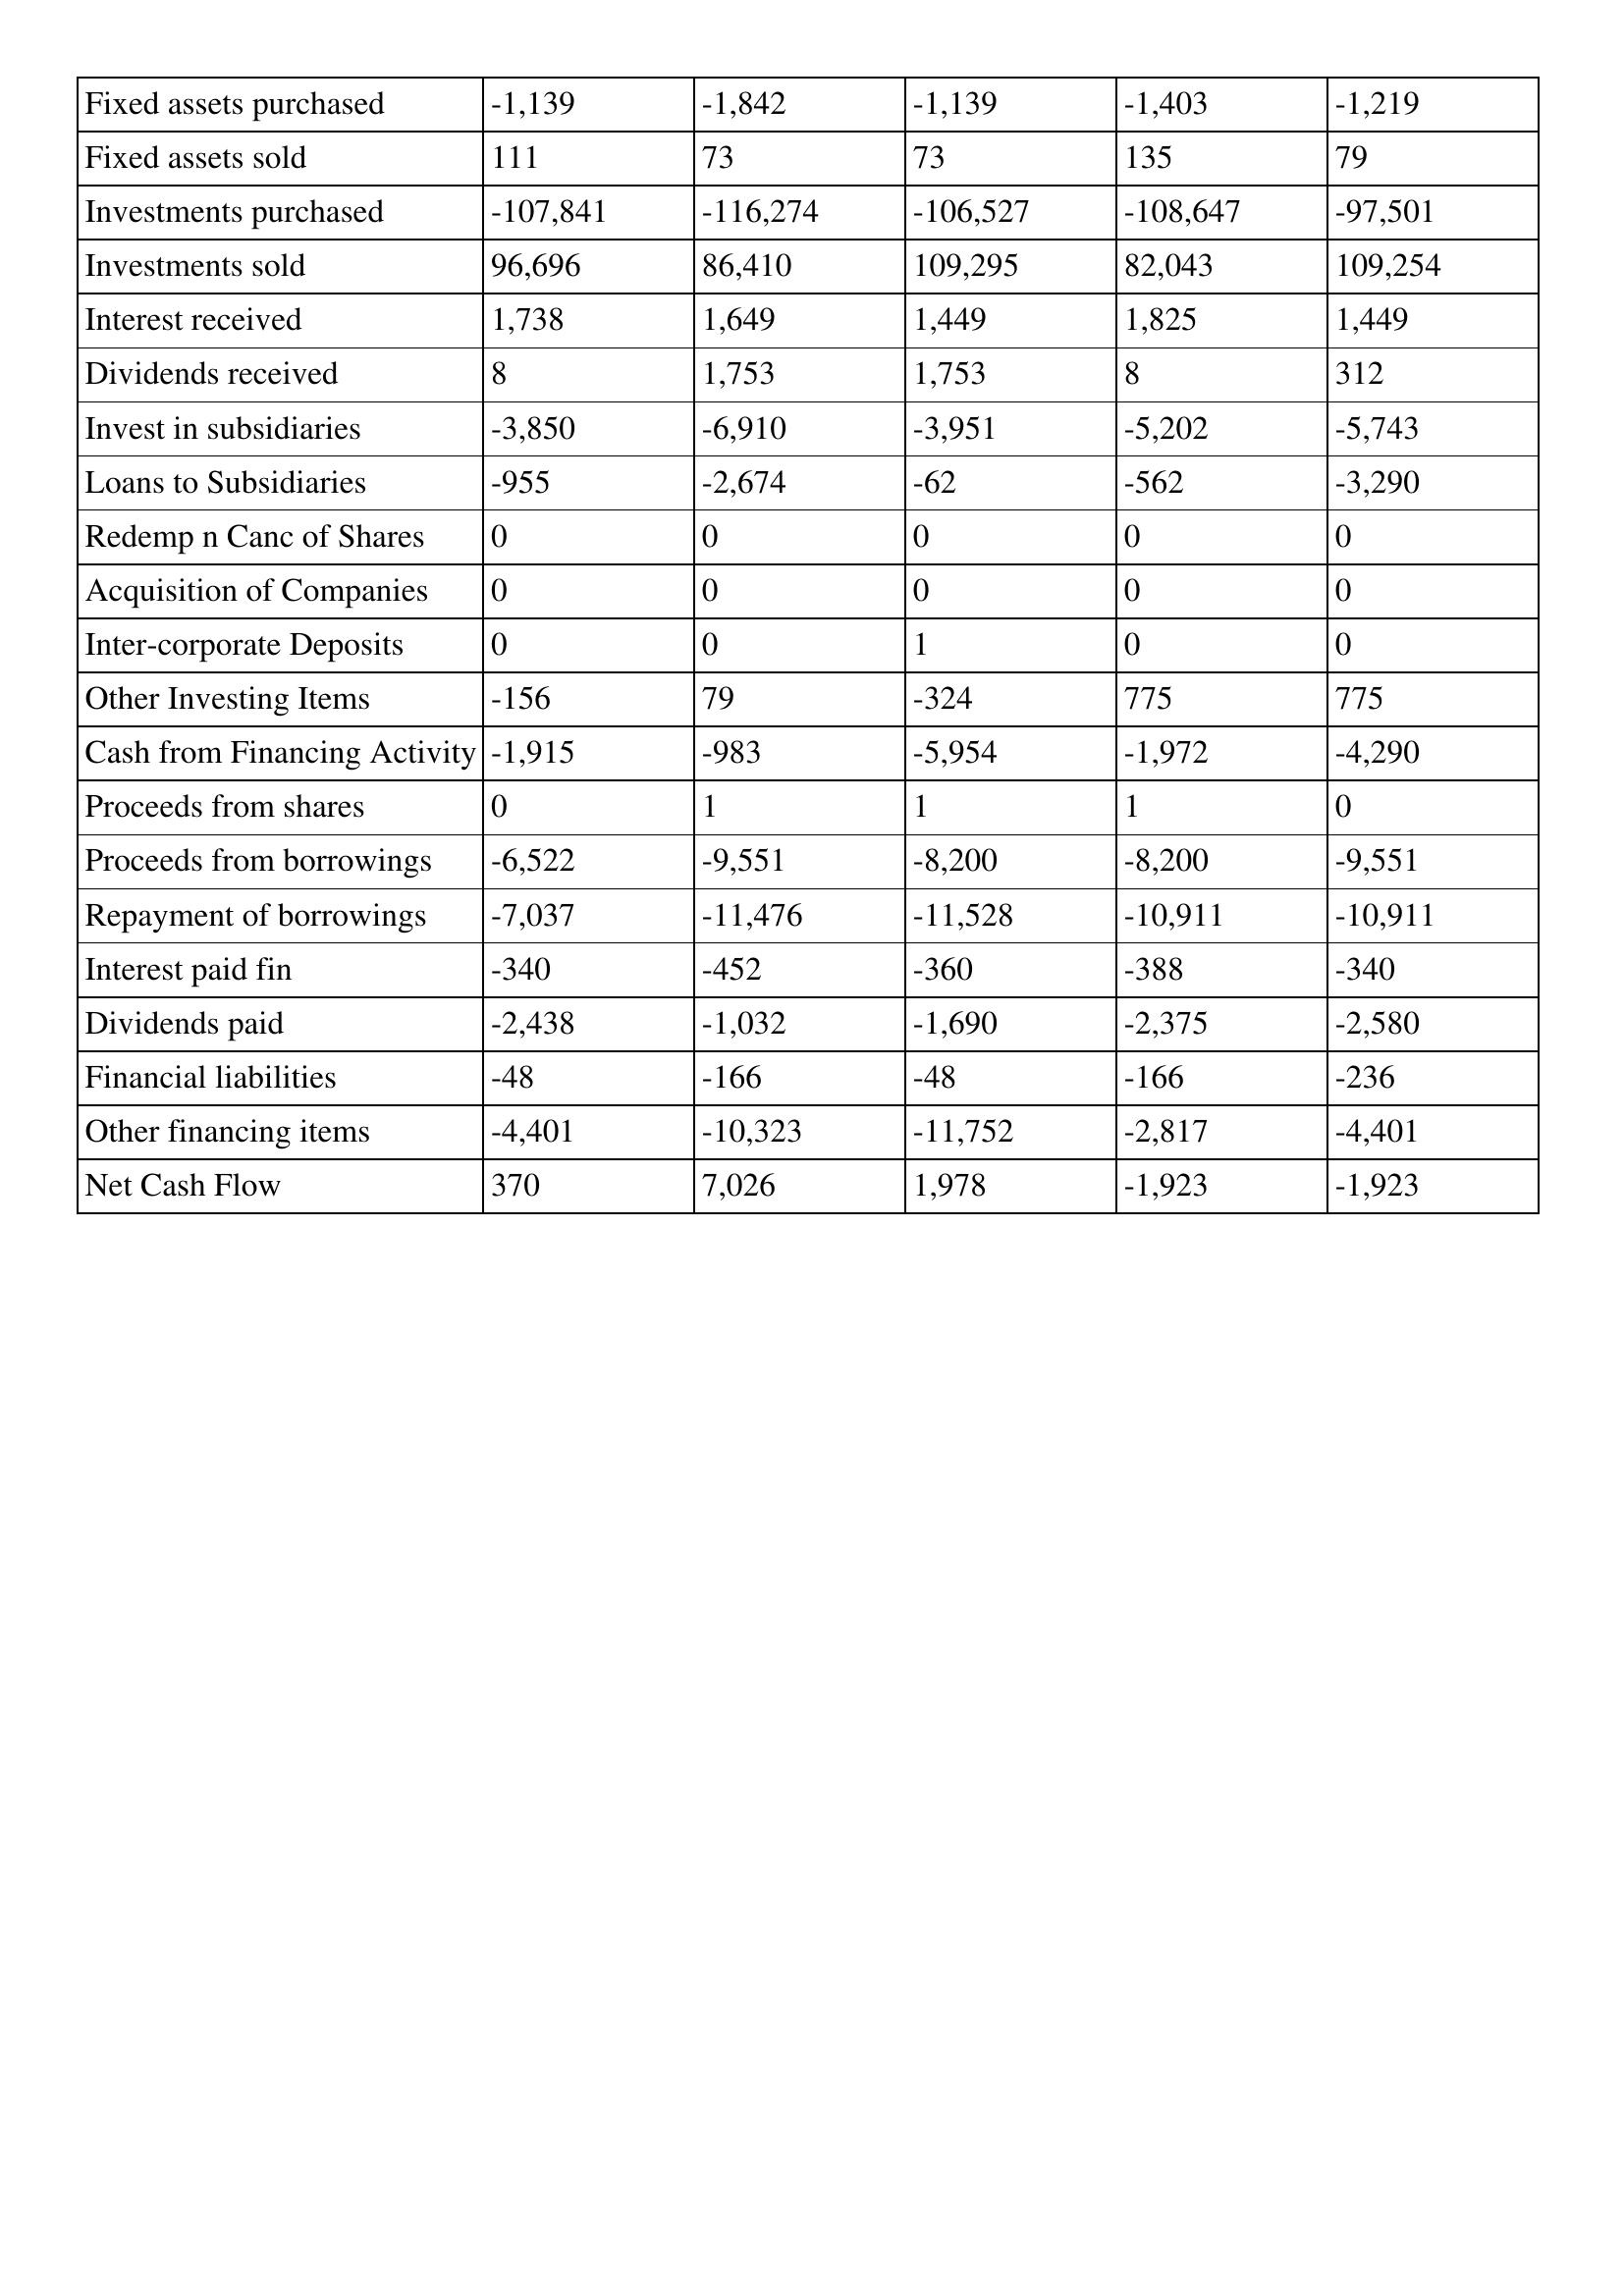
gt_parse: 2016: Cash Flows: Fixed assets purchased: -1,139
Fixed assets sold: 111
Investments purchased: -107,841
Investments sold: 96,696
Interest received: 1,738
Dividends received: 8
Invest in subsidiaries: -3,850
Loans to Subsidiaries: -955
Redemp n Canc of Shares: 0
Acquisition of Companies: 0
Inter-corporate Deposits: 0
Other Investing Items: -156
Cash from Financing Activity: -1,915
Proceeds from shares: 0
Proceeds from borrowings: -6,522
Repayment of borrowings: -7,037
Interest paid fin: -340
Dividends paid: -2,438
Financial liabilities: -48
Other financing items: -4,401
Net Cash Flow: 370
2015: Cash Flows: Fixed assets purchased: -1,842
Fixed assets sold: 73
Investments purchased: -116,274
Investments sold: 86,410
Interest received: 1,649
Dividends received: 1,753
Invest in subsidiaries: -6,910
Loans to Subsidiaries: -2,674
Redemp n Canc of Shares: 0
Acquisition of Companies: 0
Inter-corporate Deposits: 0
Other Investing Items: 79
Cash from Financing Activity: -983
Proceeds from shares: 1
Proceeds from borrowings: -9,551
Repayment of borrowings: -11,476
Interest paid fin: -452
Dividends paid: -1,032
Financial liabilities: -166
Other financing items: -10,323
Net Cash Flow: 7,026
2014: Cash Flows: Fixed assets purchased: -1,139
Fixed assets sold: 73
Investments purchased: -106,527
Investments sold: 109,295
Interest received: 1,449
Dividends received: 1,753
Invest in subsidiaries: -3,951
Loans to Subsidiaries: -62
Redemp n Canc of Shares: 0
Acquisition of Companies: 0
Inter-corporate Deposits: 1
Other Investing Items: -324
Cash from Financing Activity: -5,954
Proceeds from shares: 1
Proceeds from borrowings: -8,200
Repayment of borrowings: -11,528
Interest paid fin: -360
Dividends paid: -1,690
Financial liabilities: -48
Other financing items: -11,752
Net Cash Flow: 1,978
2013: Cash Flows: Fixed assets purchased: -1,403
Fixed assets sold: 135
Investments purchased: -108,647
Investments sold: 82,043
Interest received: 1,825
Dividends received: 8
Invest in subsidiaries: -5,202
Loans to Subsidiaries: -562
Redemp n Canc of Shares: 0
Acquisition of Companies: 0
Inter-corporate Deposits: 0
Other Investing Items: 775
Cash from Financing Activity: -1,972
Proceeds from shares: 1
Proceeds from borrowings: -8,200
Repayment of borrowings: -10,911
Interest paid fin: -388
Dividends paid: -2,375
Financial liabilities: -166
Other financing items: -2,817
Net Cash Flow: -1,923
2012: Cash Flows: Fixed assets purchased: -1,219
Fixed assets sold: 79
Investments purchased: -97,501
Investments sold: 109,254
Interest received: 1,449
Dividends received: 312
Invest in subsidiaries: -5,743
Loans to Subsidiaries: -3,290
Redemp n Canc of Shares: 0
Acquisition of Companies: 0
Inter-corporate Deposits: 0
Other Investing Items: 775
Cash from Financing Activity: -4,290
Proceeds from shares: 0
Proceeds from borrowings: -9,551
Repayment of borrowings: -10,911
Interest paid fin: -340
Dividends paid: -2,580
Financial liabilities: -236
Other financing items: -4,401
Net Cash Flow: -1,923